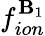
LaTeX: f_{ion}^{\mathbf{B}_{1}}